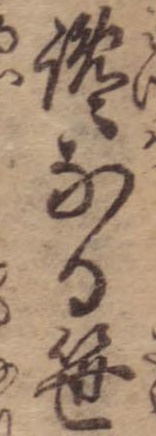
纔なる笹